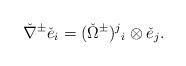
LaTeX: \begin{align*}\check{\nabla}^\pm\check{e}_i=(\check{\Omega}^\pm)^j{}_{i}\otimes \check{e}_j.\end{align*}